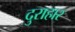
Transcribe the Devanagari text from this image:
दुराहार